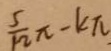
\frac { 5 } { 1 2 } \pi - k \pi